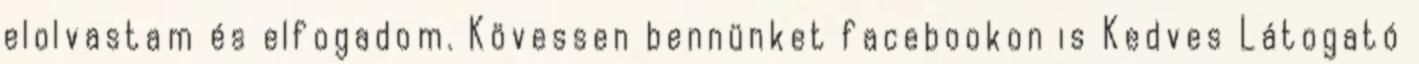
elolvastam és elfogadom. Kövessen bennünket facebookon is Kedves Látogató